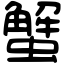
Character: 蟹